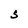
Character: S